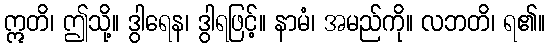
ဣတိ၊ ဤသို့။ ဒွါရေန၊ ဒွါရဖြင့်။ နာမံ၊ အမည်ကို။ လဘတိ၊ ရ၏။